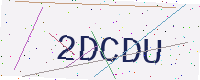
Text: 2DCDU